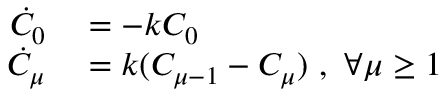
\begin{array} { r l } { \dot { C } _ { 0 } } & { { } = - k C _ { 0 } } \\ { \dot { C } _ { \mu } } & { { } = k ( C _ { \mu - 1 } - C _ { \mu } ) \ , \ \forall \mu \geq 1 } \end{array}